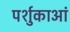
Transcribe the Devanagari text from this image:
पर्शुकाआं